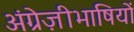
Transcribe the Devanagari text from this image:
अंग्रेज़ीभाषियों